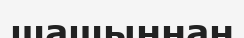
шашыннан